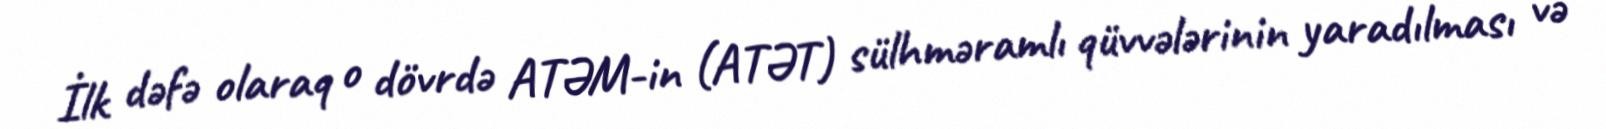
İlk dəfə olaraq o dövrdə ATƏM-in (ATƏT) sülhməramlı qüvvələrinin yaradılması və